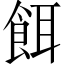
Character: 餌